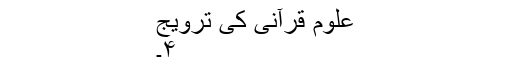
علوم قرآنی کی ترویج
۴۔